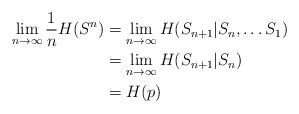
LaTeX: \begin{align*}\lim_{n\to \infty}\frac{1}{n}H(S^n) & = \lim_{n \to \infty}{H(S_{n+1} | S_{n},\ldots S_{1})}\\& = \lim_{n \to \infty}{H(S_{n+1} | S_{n})}\\ & = H(p)\end{align*}